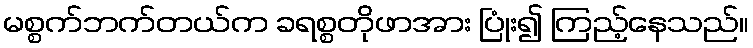
မစ္စက်ဘက်တယ်က ခရစ္စတိုဖာအား ပြုံး၍ ကြည့်နေသည်။